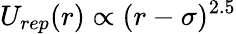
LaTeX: U_{rep}(r)\propto(r-\sigma)^{2.5}